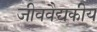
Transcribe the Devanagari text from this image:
जीववैद्यकीय